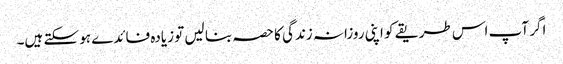
اگر آپ اس طریقے کو اپنی روزانہ زندگی کا حصہ بنا لیں تو زیادہ فائدے ہو سکتے ہیں۔